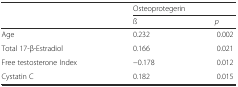
|  | <COLSPAN=2> Osteoprotegerin |
 |  | ß | p |
 | --- | --- | --- |
 | Age | 0.232 | 0.002 |
 | Total 17-β-Estradiol | 0.166 | 0.021 |
 | Free testosterone Index | −0.178 | 0.012 |
 | Cystatin C | 0.182 | 0.015 |